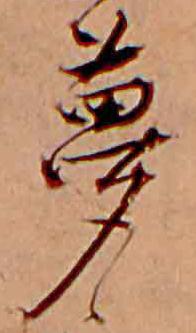
夢